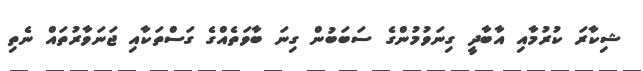
ޝިކާރަ ކުރުމާއި އާބާދީ ގިނަވުމުންގެ ސަބަބުން ގިނަ ބާވަތެއްގެ ގަސްތަކާއި ޖަނަވާރުތައް ނެތި